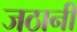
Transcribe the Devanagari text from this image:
जठानी